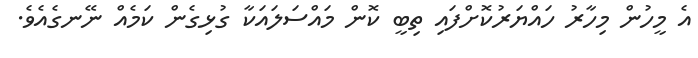
އެ މީހުން މިހާރު ހައްޔަރުކޮށްފައި ތިބީ ކޮން މައްސަލައަކާ ގުޅިގެން ކަމެއް ނޭނގެއެވެ.